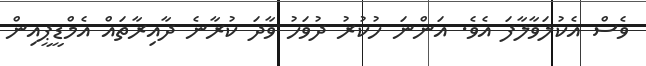
ވެސް އެކުލަވާލާފަ އެވެ. އަންނަ ހުކުރު ދުވަހު ވާދަ ކުރާނެ ދާއިރާތައް އެމްޑީޕީއިން